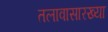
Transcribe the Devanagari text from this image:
तलावासारख्या